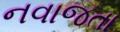
નવાજતા